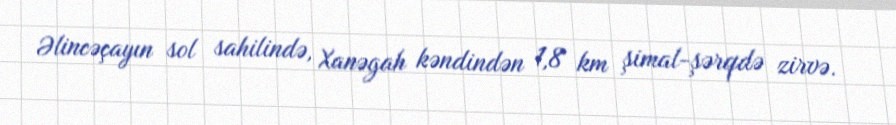
Əlincəçayın sol sahilində, Xanəgah kəndindən 1,8 km şimal-şərqdə zirvə.